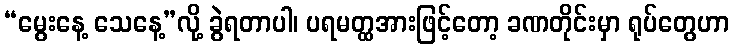
“မွေးနေ့ သေနေ့”လို့ ခွဲရတာပါ၊ ပရမတ္ထအားဖြင့်တော့ ခဏတိုင်းမှာ ရုပ်တွေဟာ